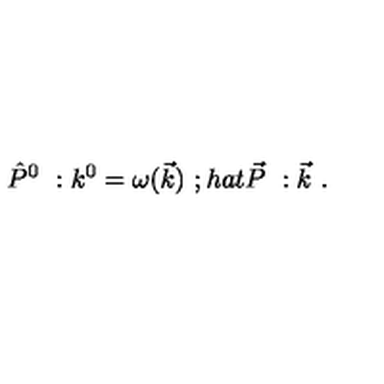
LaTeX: \hat { P } ^ { 0 } \ : k ^ { 0 } = \omega ( \vec { k } ) \ ; h a t { \vec { P } } \ : \vec { k } \ .